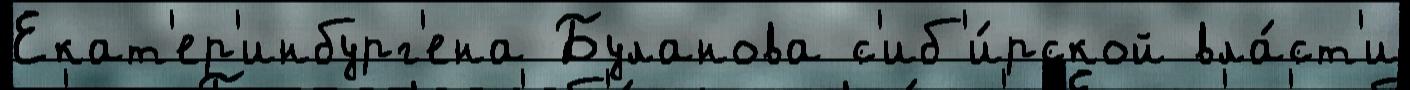
Екат'ер'инбург'ена Буланова с'иб'и́рской вла́ст'и